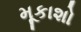
મૂકાશો